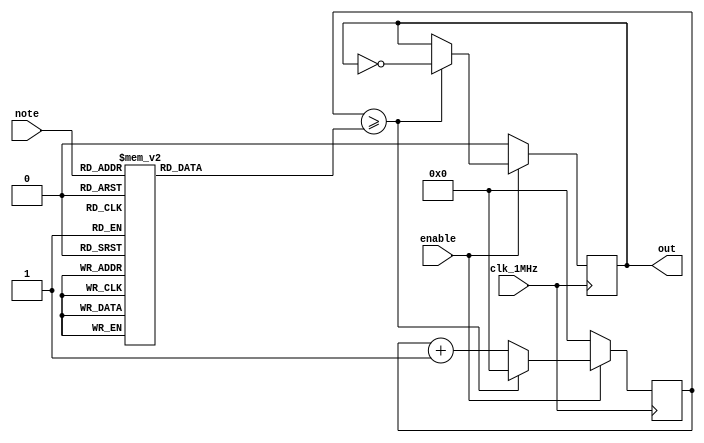
module piezoController(clk_1MHz,enable,note,out); 
input clk_1MHz, enable;
input [2:0] note;
output reg out;

reg [10:0] toggle_point,cnt;

//Hardcode toggle point of C3 to C4
always @ (*) begin
	case (note)
		0 : toggle_point = 1911; //C3
		1 : toggle_point = 1702; //D3
		2 : toggle_point = 1516; //E3
		3 : toggle_point = 1431; //F3
		4 : toggle_point = 1275; //G3
		5 : toggle_point = 1136; //A3 (440Hz)
		6 : toggle_point = 1012; //B3
		7 : toggle_point = 955;  //C4
	endcase
end


always @ (posedge clk_1MHz) begin
	if(~enable) begin
		cnt<=0;
		out<=0;
	end
	else if(cnt >= toggle_point) begin
		cnt <= 0;
		out <= ~out;
	end
	else
		cnt <= cnt+1;
end


endmodule